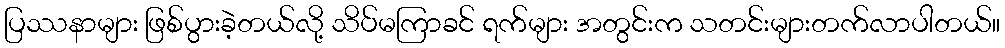
ပြဿနာများ ဖြစ်ပွားခဲ့တယ်လို့ သိပ်မကြာခင် ရက်များ အတွင်းက သတင်းများတက်လာပါတယ်။